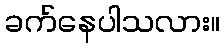
ခက်နေပါသလား။